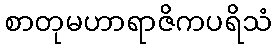
စာတုမဟာရာဇိကပရိသံ